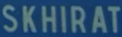
SKHIRAT